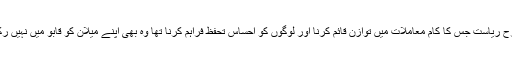
اسی طرح ریاست جس کا کام معاملات میں توازن قائم کرنا اور لوگوں کو احساسِ تحفظ فراہم کرنا تھا وہ بھی اپنے میلان کو قابو میں نہیں رکھ پائی۔